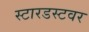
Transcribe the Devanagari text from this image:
स्टारडस्टवर